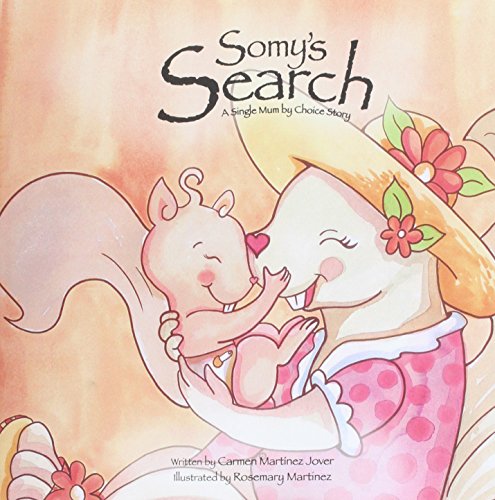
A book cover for Somy's Search, a single mum by choice story; Carmen Martinez-Jover; Parenting & Relationships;